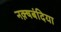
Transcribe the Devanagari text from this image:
नक़्षबंदिया